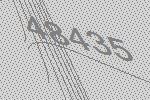
48435